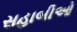
સહાબીઓ